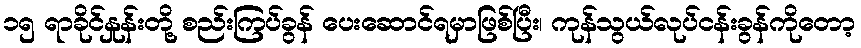
၁၅ ရာခိုင်နှုန်းတို့ စည်းကြပ်ခွန် ပေးဆောင်ရမှာဖြစ်ပြီး၊ ကုန်သွယ်လုပ်ငန်းခွန်ကိုတော့